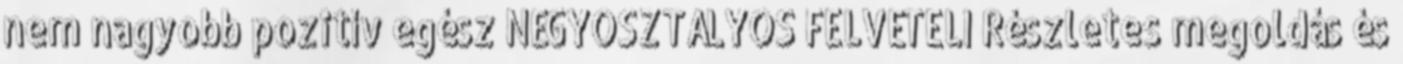
nem nagyobb pozitív egész NÉGYOSZTÁLYOS FELVÉTELI Részletes megoldás és